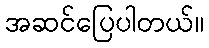
အဆင်ပြေပါတယ်။